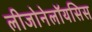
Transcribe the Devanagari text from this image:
लीजोनेलॉयसिस